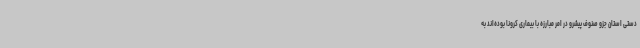
دستی استان جزو صنوف پیشرو در امر مبارزه با بیماری کرونا بوده‌اند به